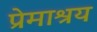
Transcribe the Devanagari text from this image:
प्रेमाश्रय